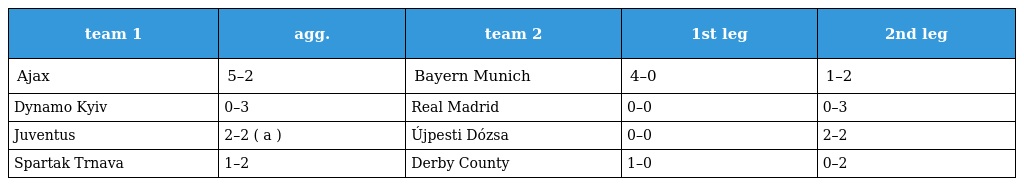
| team 1 | agg. | team 2 | 1st leg | 2nd leg |
 | --- | --- | --- | --- | --- |
 | Ajax | 5–2 | Bayern Munich | 4–0 | 1–2 |
 | Dynamo Kyiv | 0–3 | Real Madrid | 0–0 | 0–3 |
 | Juventus | 2–2 ( a ) | Újpesti Dózsa | 0–0 | 2–2 |
 | Spartak Trnava | 1–2 | Derby County | 1–0 | 0–2 |